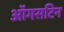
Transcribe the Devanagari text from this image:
ऑगसटिन